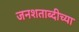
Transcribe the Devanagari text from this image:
जनशताब्दीच्या